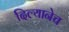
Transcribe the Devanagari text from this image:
दिल्यानेच